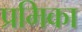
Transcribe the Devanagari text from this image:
प्रमिका